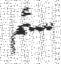
سئم